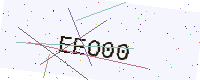
Text: EEO00